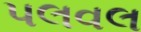
પલવલ